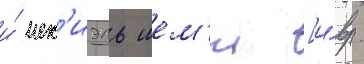
и́ иех'иэль шем'и [и́вр.